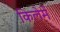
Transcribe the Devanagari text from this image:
किलेमें